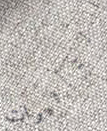
التأثيرات